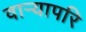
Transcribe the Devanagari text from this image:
वाऱ्यापरि